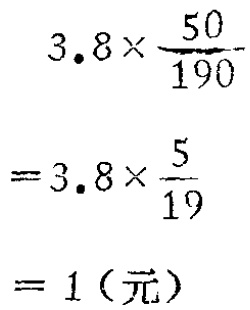
\[

\begin{align*}

3.8\times\frac{50}{190}&\\

=3.8\times\frac{5}{19}&\\

=1(\text{元})&

\end{align*}

\]